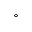
^ \circ